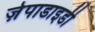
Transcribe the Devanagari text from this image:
ज़ेपाडाइडी